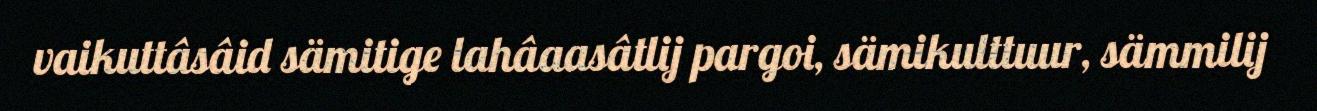
vaikuttâsâid sämitige lahâaasâtlij pargoi, sämikulttuur, sämmilij